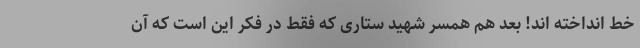
خط انداخته اند! بعد هم همسر شهید ستاری که فقط در فکر این است که آن